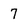
Character: 7